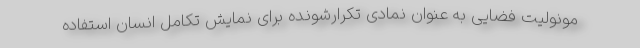
مونولیت فضایی به عنوان نمادی تکرارشونده برای نمایش تکامل انسان استفاده